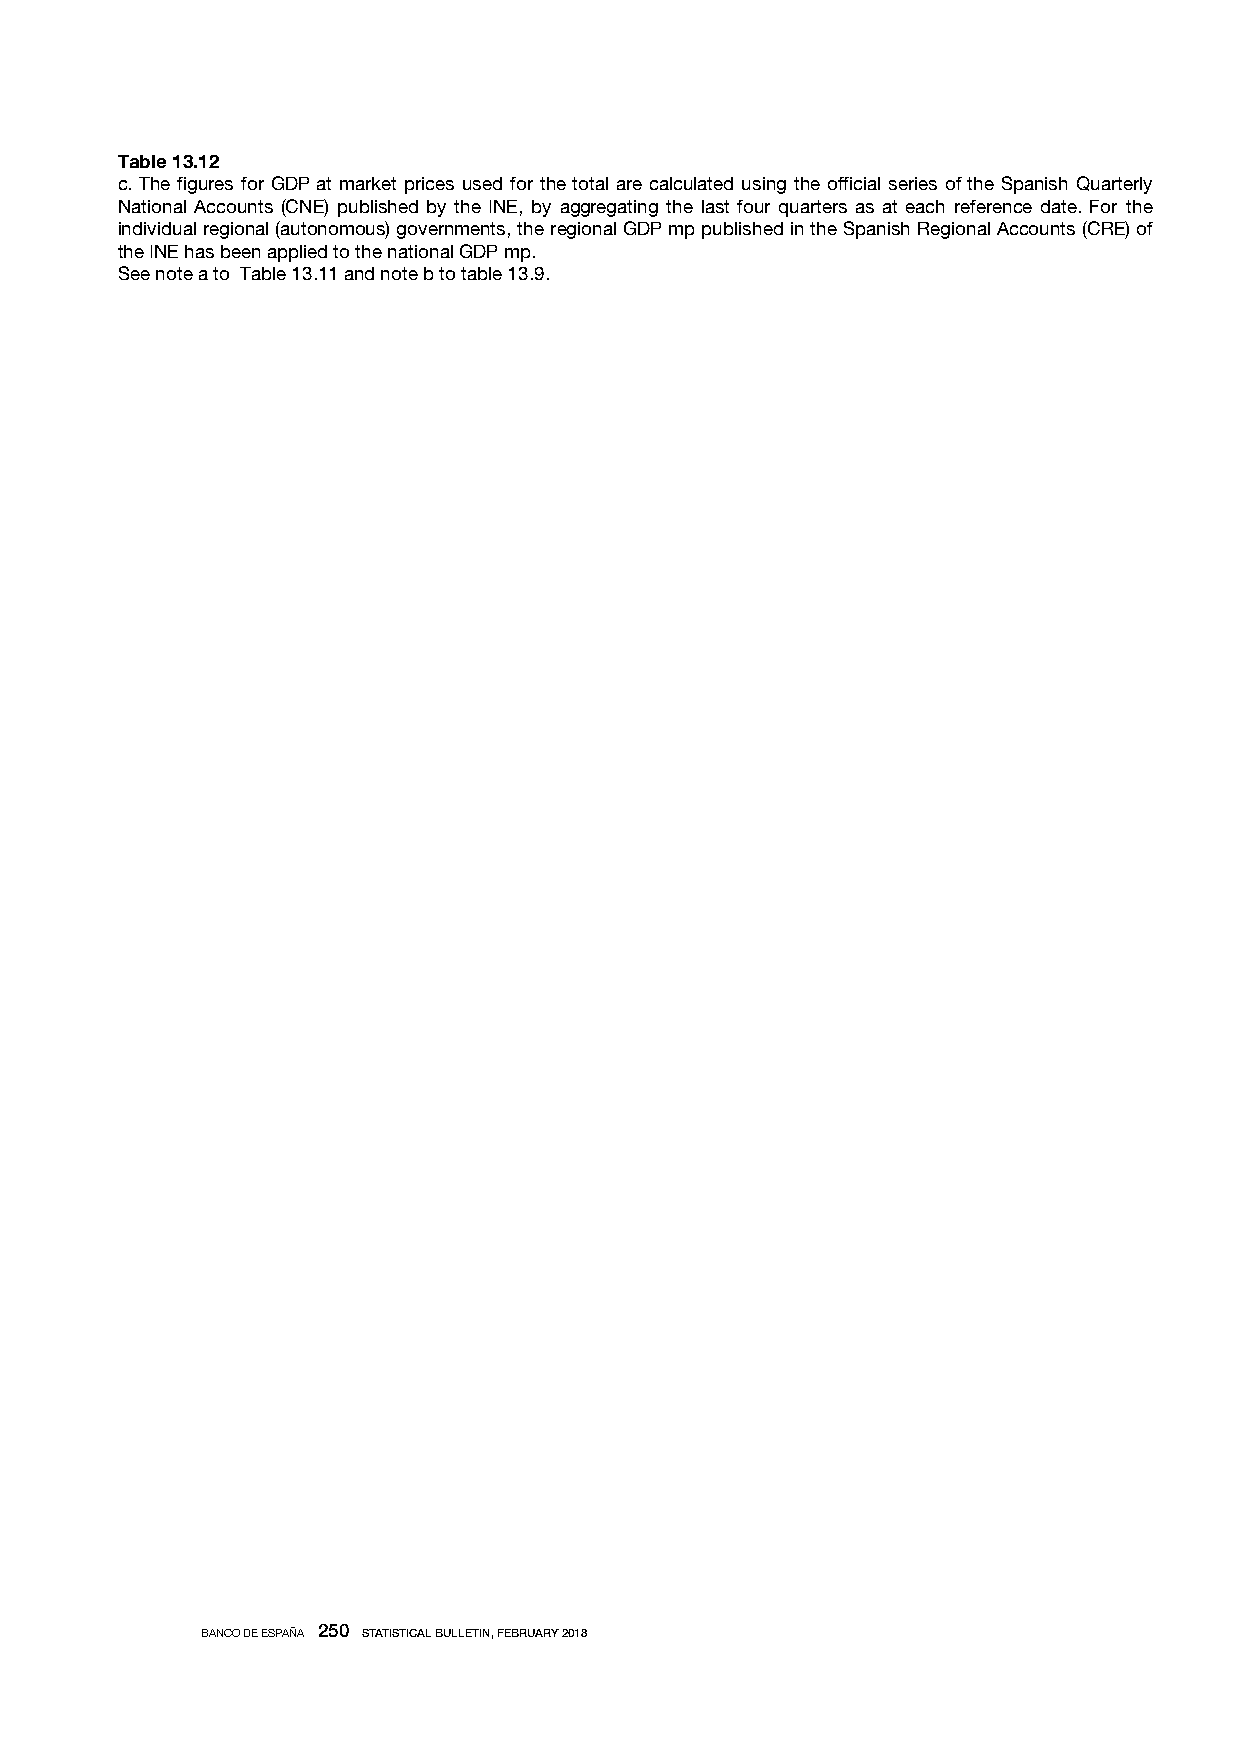
Table 13.12
 c. The figures for GDP at market prices used for the total are calculated using the official series of the Spanish Quarterly
 National Accounts (CNE) published by the INE, by aggregating the last four quarters as at each reference date. For the
 individual regional (autonomous) governments, the regional GDP mp published in the Spanish Regional Accounts (CRE) of
 the INE has been applied to the national GDP mp.
 See note a to Table 13.11 and note b to table 13.9.
 BANCO DE ESPAÑA 250 STATISTICAL BULLETIN, FEBRUARY 2018